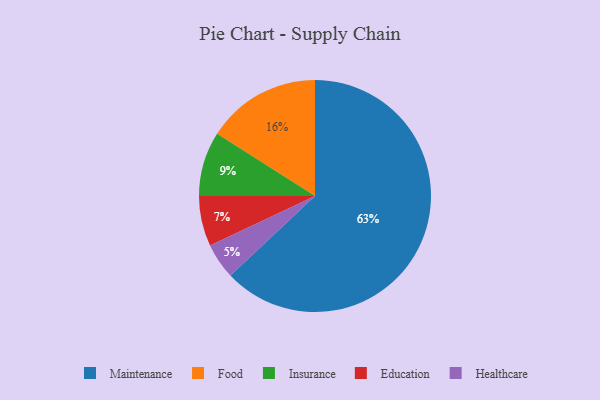
{"axis": {"x": "Category", "y": "Percentage"}, "legend": ["Education", "Food", "Healthcare", "Insurance", "Maintenance"], "data": [{"x": "Education", "y": 7, "type": "Education"}, {"x": "Food", "y": 16, "type": "Food"}, {"x": "Insurance", "y": 9, "type": "Insurance"}, {"x": "Healthcare", "y": 5, "type": "Healthcare"}, {"x": "Maintenance", "y": 63, "type": "Maintenance"}]}